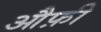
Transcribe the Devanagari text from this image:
औफ़ी